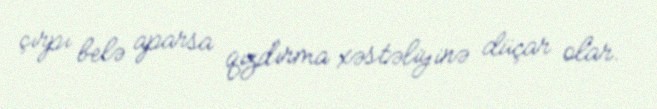
çırpı belə aparsa qızdırma xəstəliyinə düçar olar.